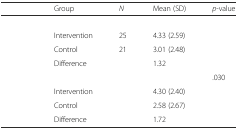
<table><thead><tr><td>[EMPTY_CELL]</td><td><b>Group</b></td><td><b><i>N</i></b></td><td><b>Mean (SD)</b></td><td><b><i>p</i>-value</b></td></tr></thead><tbody><tr><td>[EMPTY_CELL]</td><td>[EMPTY_CELL]</td><td>[EMPTY_CELL]</td><td>[EMPTY_CELL]</td><td>[EMPTY_CELL]</td></tr><tr><td>[EMPTY_CELL]</td><td>Intervention</td><td>25</td><td>4.33 (2.59)</td><td>[EMPTY_CELL]</td></tr><tr><td>[EMPTY_CELL]</td><td>Control</td><td>21</td><td>3.01 (2.48)</td><td>[EMPTY_CELL]</td></tr><tr><td>[EMPTY_CELL]</td><td>Difference</td><td>[EMPTY_CELL]</td><td>1.32</td><td>[EMPTY_CELL]</td></tr><tr><td>[EMPTY_CELL]</td><td>[EMPTY_CELL]</td><td>[EMPTY_CELL]</td><td>[EMPTY_CELL]</td><td>.030</td></tr><tr><td>[EMPTY_CELL]</td><td>Intervention</td><td>[EMPTY_CELL]</td><td>4.30 (2.40)</td><td>[EMPTY_CELL]</td></tr><tr><td>[EMPTY_CELL]</td><td>Control</td><td>[EMPTY_CELL]</td><td>2.58 (2.67)</td><td>[EMPTY_CELL]</td></tr><tr><td>[EMPTY_CELL]</td><td>Difference</td><td>[EMPTY_CELL]</td><td>1.72</td><td>[EMPTY_CELL]</td></tr></tbody></table>